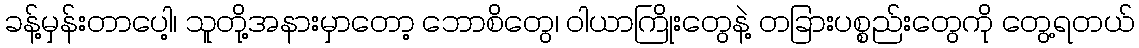
ခန့်မှန်းတာပေါ့၊ သူတို့အနားမှာတော့ ဘောစိတွေ၊ ဝါယာကြိုးတွေနဲ့ တခြားပစ္စည်းတွေကို တွေ့ရတယ်